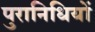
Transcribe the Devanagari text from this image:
पुरानिधियों